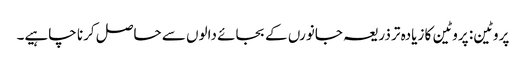
پروٹین: پروٹین کا زیادہ تر ذریعہ جانورں کے بجائے دالوں سے حاصل کرنا چاہیے۔